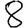
Digit: 8